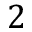
2